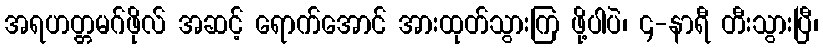
အရဟတ္တမဂ်ဖိုလ် အဆင့် ရောက်အောင် အားထုတ်သွားကြ ဖို့ပါပဲ၊ ၄-နာရီ တီးသွားပြီ၊